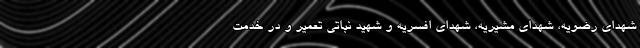
شهدای رضویه، شهدای مشیریه، شهدای افسریه و شهید نباتی تعمیر و در خدمت